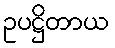
ဥပဋ္ဌိတာယ